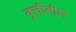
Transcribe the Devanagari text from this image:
वृत्तीतील